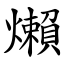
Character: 㸊